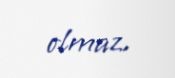
olmaz.